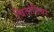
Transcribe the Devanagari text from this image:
चितोडिया